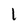
Character: 1